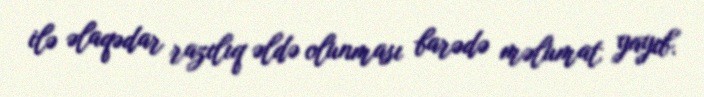
ilə əlaqədar razılıq əldə olunması barədə məlumat yayıb.